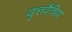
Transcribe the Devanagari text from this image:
वृत्तवैचिय